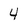
Character: 4